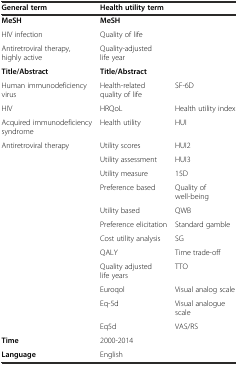
| General term | <COLSPAN=2> Health utility term |
 | --- | --- | --- |
 | MeSH | <COLSPAN=2> MeSH |
 | HIV infection | Quality of life |  |
 | Antiretroviral therapy, highly active | Quality-adjusted life year |  |
 | Title/Abstract | Title/Abstract |  |
 | Human immunodeficiency virus | Health-related quality of life | SF-6D |
 | HIV | HRQoL | Health utility index |
 | Acquired immunodeficiency syndrome | Health utility | HUI |
 | Antiretroviral therapy | Utility scores | HUI2 |
 |  | Utility assessment | HUI3 |
 |  | Utility measure | 15D |
 |  | Preference based | Quality of well-being |
 |  | Utility based | QWB |
 |  | Preference elicitation | Standard gamble |
 |  | Cost utility analysis | SG |
 |  | QALY | Time trade-off |
 |  | Quality adjusted life years | TTO |
 |  | Euroqol | Visual analog scale |
 |  | Eq-5d | Visual analogue scale |
 |  | Eq5d | VAS/RS |
 | Time | 2000-2014 |  |
 | Language | English |  |